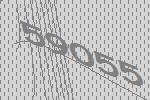
59055